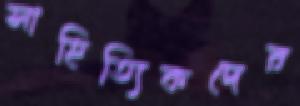
সাহিত্যিকদের